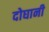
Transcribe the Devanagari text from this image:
दोघानी